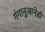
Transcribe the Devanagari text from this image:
गंगानुजानेही